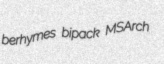
berhymes bipack MSArch